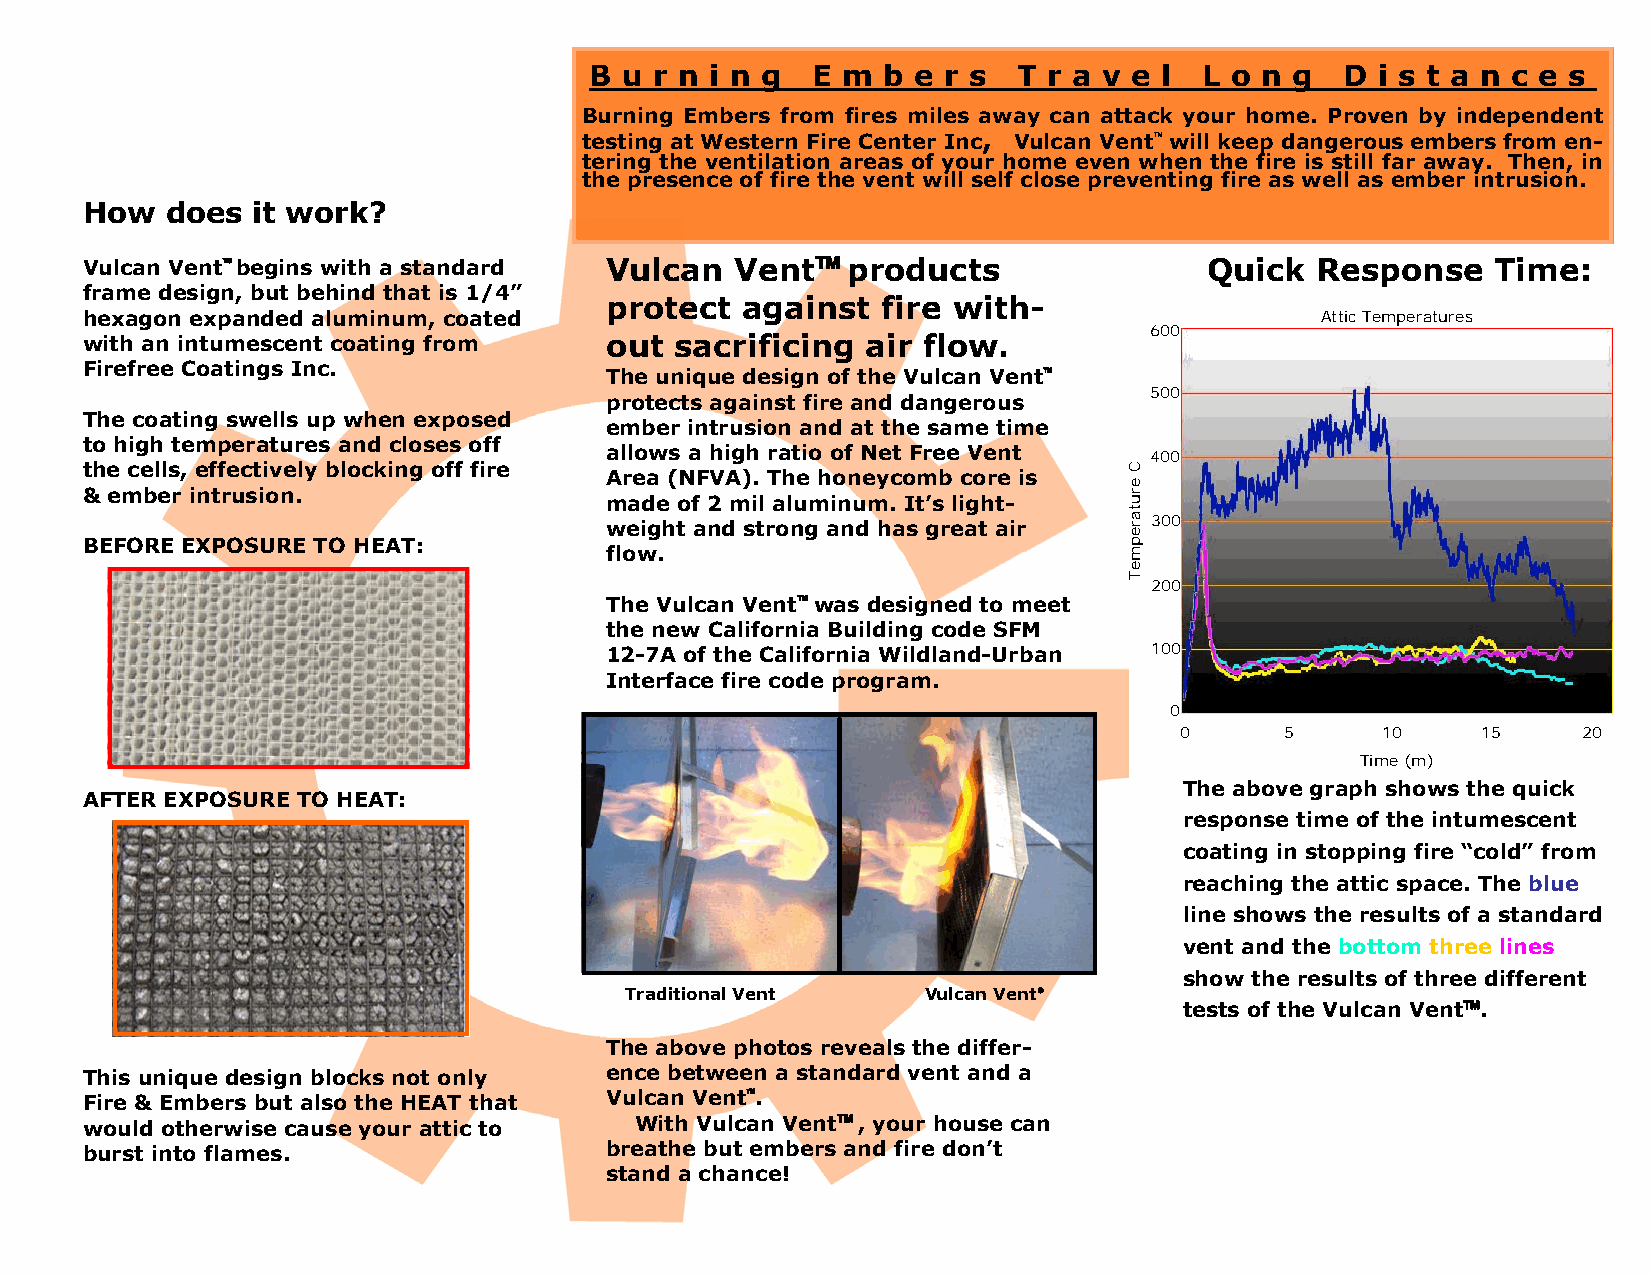
B u r n i n g  E m b e r s  T r a v e l  L o n g  D i s t a n c e s
 Burning Embers from fires miles away can attack your home. Proven by independent
 ,
 testing at Western Fire Center Inc Vulcan Vent™ will keep dangerous embers from en-
 tering the ventilation areas of your home even when the fire is still far away. Then, in
 the presence of fire the vent will self close preventing fire as well as ember intrusion.
 How   does  it work?
 Vulcan Vent™begins with a standard Vulcan   Vent™  products                Quick  Response    Time:
 frame design, but behind that is 1/4”
 protect  against  fire with-
 hexagon expanded aluminum, coated                                                 AtticTemperatures
 600
 with an intumescent coating from   out  sacrificing air flow.
 Firefree Coatings Inc.
 The unique design of the Vulcan Vent™
 500
 protects against fire and dangerous
 The coating swells up when exposed
 ember intrusion and at the same time
 to high temperatures and closes off
 allows a high ratio of Net Free Vent 400
 the cells, effectively blocking off fire
 Area (NFVA). The honeycomb core is
 & ember intrusion.
 made of 2 mil aluminum. It’s light-
 weight and strong and has great air 300
 BEFORE EXPOSURE TO HEAT:
 flow.
 200
 The Vulcan Vent™was designed to meet
 the new California Building code SFM
 12-7A of the California Wildland-Urban 100
 Interface fire code program.
 0
 0      5     10     15     20
 Time(m)
 The above graph shows the quick
 AFTER EXPOSURE TO HEAT:
 response time of the intumescent
 coating in stopping fire “cold” from
 reaching the attic space. The blue
 line shows the results of a standard
 vent and the bottom three lines
 show the results of three different
 TraditionalVent     VulcanVent®
 tests of the Vulcan Vent™.
 The above photos reveals the differ-
 This unique design blocks not only ence between a standard vent and a
 Fire & Embers but also the HEAT that Vulcan Vent™.
 would otherwise cause your attic to  With Vulcan Vent™, your house can
 burst into flames.                 breathe but embers and fire don’t
 stand a chance!
 CerutarepmeT